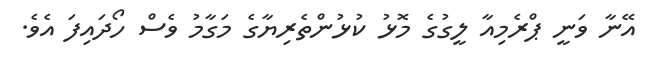
އޭނާ ވަނީ ޕްރެމިއާ ލީގުގެ މޮޅު ކުޅުންތެރިޔާގެ މަގާމު ވެސް ހޯދައިފަ އެވެ.